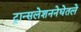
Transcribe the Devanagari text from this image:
ट्रान्सलेशननेघेतले